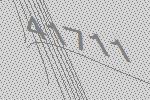
41711